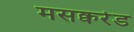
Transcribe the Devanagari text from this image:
मसक्वरेड